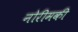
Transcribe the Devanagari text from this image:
नोरीमकी